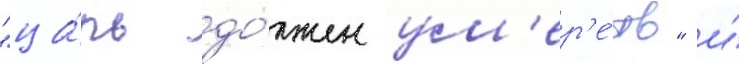
"ца́рь до́лжен ум'ер'е́ть" и́